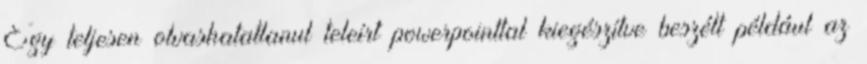
Egy teljesen olvashatatlanul teleírt powerpointtal kiegészítve beszélt például az